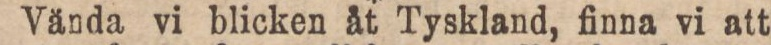
Vända vi blicken åt Tyskland, finna vi att